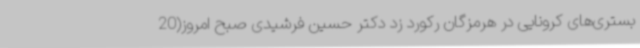
بستری‌های کرونایی در هرمزگان رکورد زد دکتر حسین فرشیدی صبح امروز(20